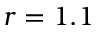
r = 1 . 1